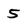
Character: 5